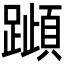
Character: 𰸰